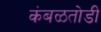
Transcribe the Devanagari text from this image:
कंबळतोडी